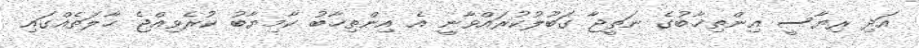
އަދި ރިޔާސީ އިންތިޚާބުގެ ނަތީޖާ ގަބޫލުކުރައްވާނީ އެ އިންތިޚާބު ކާމިޔާބު ކުރެވިއްޖެ ޙާލަތެއްގައި